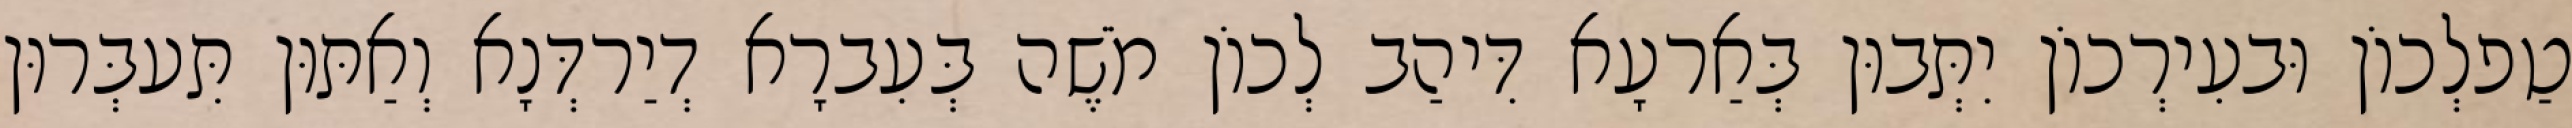
טַפלְכוֹן וּבעִירְכוֹן יִתְּבוּן בְּאַרעָא דִּיהַב לְכוֹן מֹשֶׁה בְּעִברָא דְיַרדְּנָא וְאַתּוּן תִּעבְּרוּן